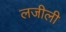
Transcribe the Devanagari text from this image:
लजीली